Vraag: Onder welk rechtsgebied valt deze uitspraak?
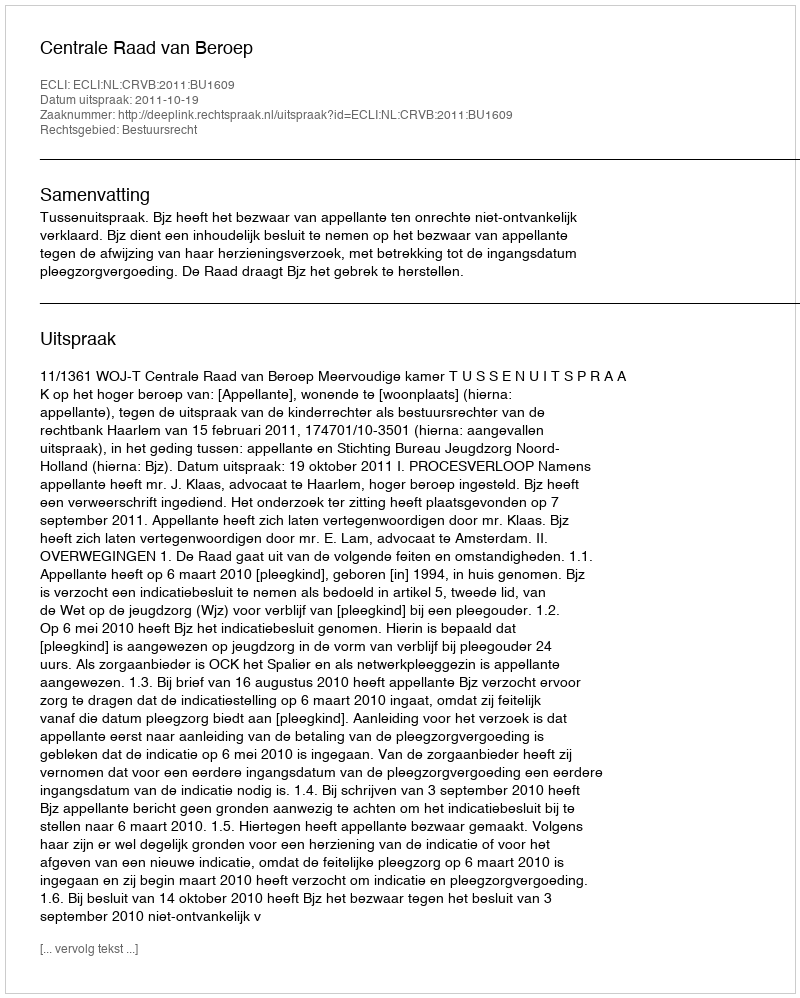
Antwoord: Bestuursrecht